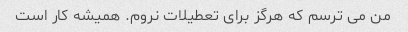
من می ترسم که هرگز برای تعطیلات نروم. همیشه کار است